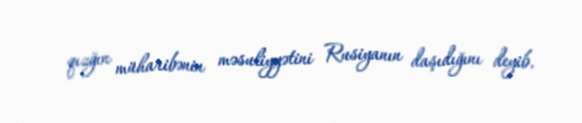
qızğın müharibənin məsuliyyətini Rusiyanın daşıdığını deyib.